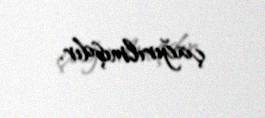
çağırılmışdır.